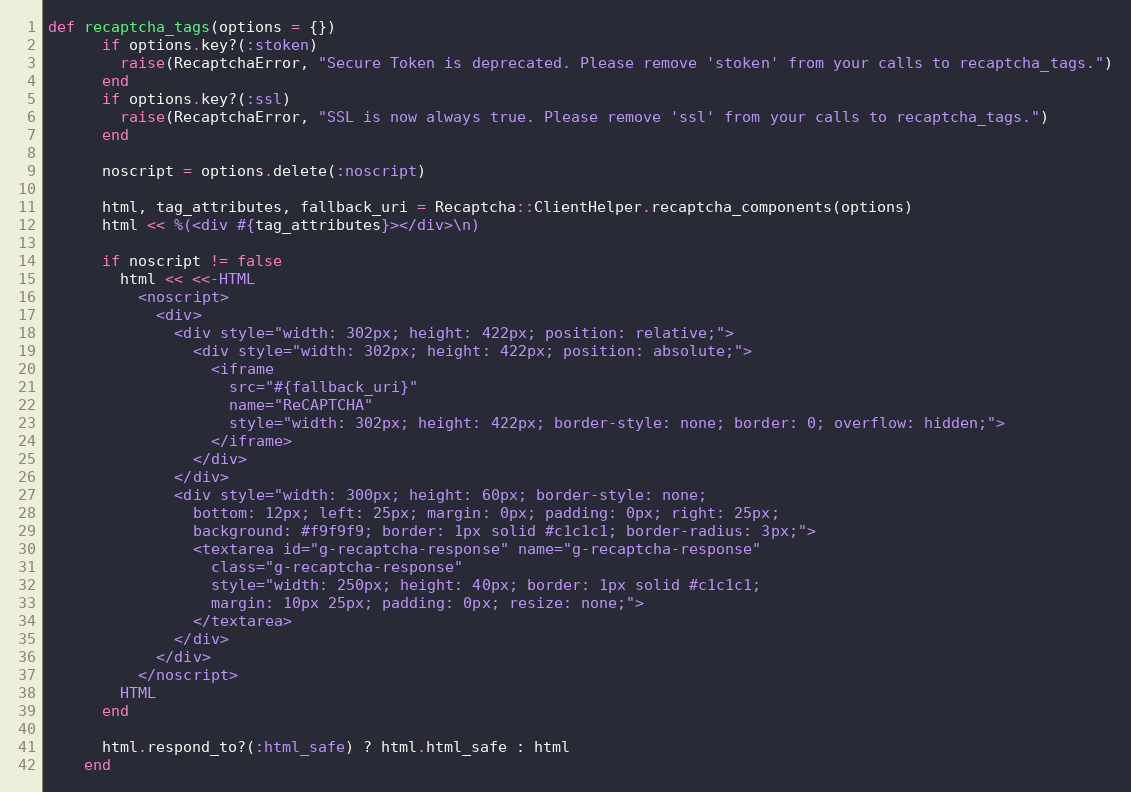
Language: Ruby
def recaptcha_tags(options = {})
      if options.key?(:stoken)
        raise(RecaptchaError, "Secure Token is deprecated. Please remove 'stoken' from your calls to recaptcha_tags.")
      end
      if options.key?(:ssl)
        raise(RecaptchaError, "SSL is now always true. Please remove 'ssl' from your calls to recaptcha_tags.")
      end

      noscript = options.delete(:noscript)

      html, tag_attributes, fallback_uri = Recaptcha::ClientHelper.recaptcha_components(options)
      html << %(<div #{tag_attributes}></div>\n)

      if noscript != false
        html << <<-HTML
          <noscript>
            <div>
              <div style="width: 302px; height: 422px; position: relative;">
                <div style="width: 302px; height: 422px; position: absolute;">
                  <iframe
                    src="#{fallback_uri}"
                    name="ReCAPTCHA"
                    style="width: 302px; height: 422px; border-style: none; border: 0; overflow: hidden;">
                  </iframe>
                </div>
              </div>
              <div style="width: 300px; height: 60px; border-style: none;
                bottom: 12px; left: 25px; margin: 0px; padding: 0px; right: 25px;
                background: #f9f9f9; border: 1px solid #c1c1c1; border-radius: 3px;">
                <textarea id="g-recaptcha-response" name="g-recaptcha-response"
                  class="g-recaptcha-response"
                  style="width: 250px; height: 40px; border: 1px solid #c1c1c1;
                  margin: 10px 25px; padding: 0px; resize: none;">
                </textarea>
              </div>
            </div>
          </noscript>
        HTML
      end

      html.respond_to?(:html_safe) ? html.html_safe : html
    end